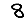
Digit: 8